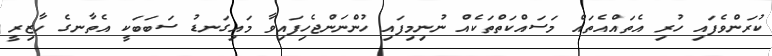
ކުރަންވެފައި ހުރި އެތައްއެތައް މަސައްކަތްތަކެއް ނުނިމިފައި ހުންނަންޖެހިފައިވާ މައިގަނޑު ސަބަބަކީ އެތާނގެ ހާޒިރީ